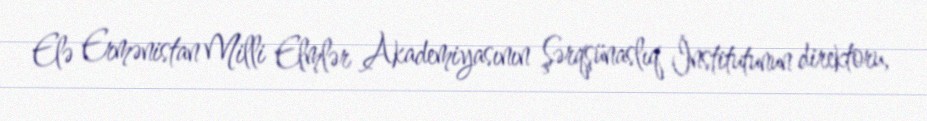
Elə Ermənistan Milli Elmlər Akademiyasının Şərqşünaslıq İnstitutunun direktoru,